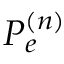
P _ { e } ^ { ( n ) }